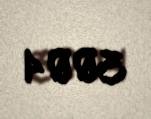
3004